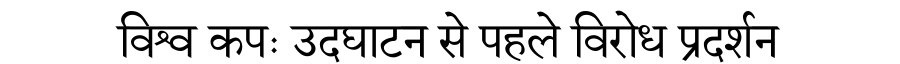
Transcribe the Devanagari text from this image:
विश्व कपः उदघाटन से पहले विरोध प्रदर्शन